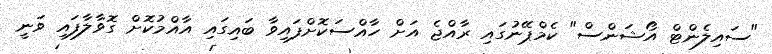
"ސައިލެންޓް އޯޝަންސް" ކެމްޕޭނުގައި ރާއްޖެ އަށް ހާއްސަކޮށްފައިވާ ބައިގައި އާއްމުކޮށް ގޮވާލާފައި ވަނީ